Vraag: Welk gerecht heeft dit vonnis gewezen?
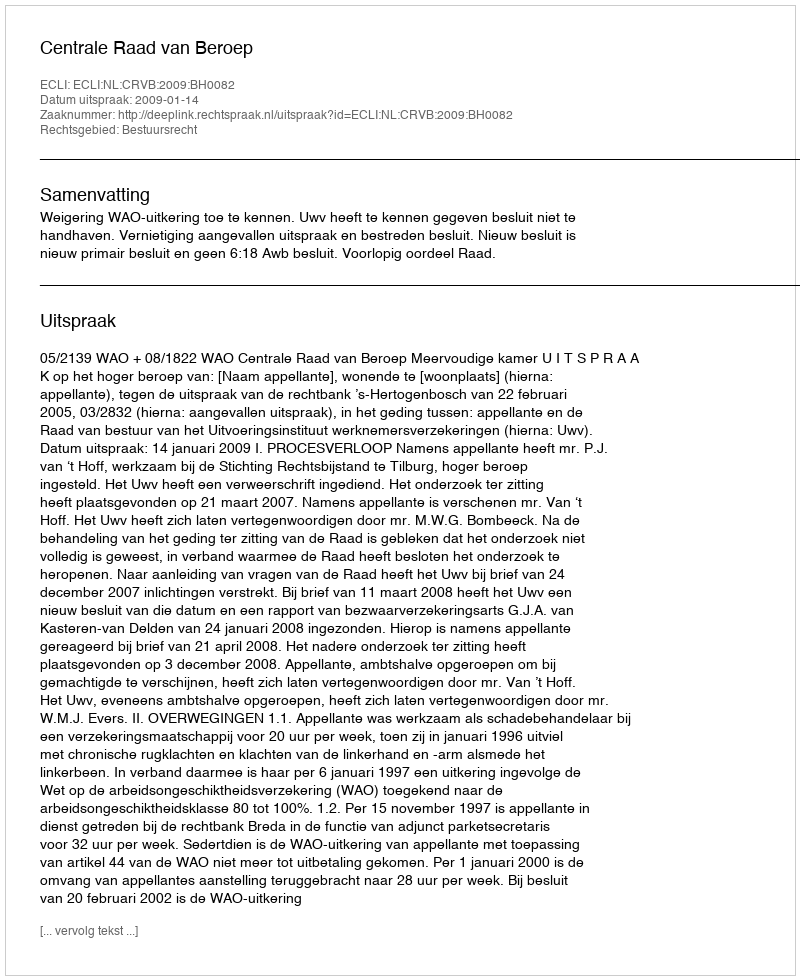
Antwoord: Centrale Raad van Beroep